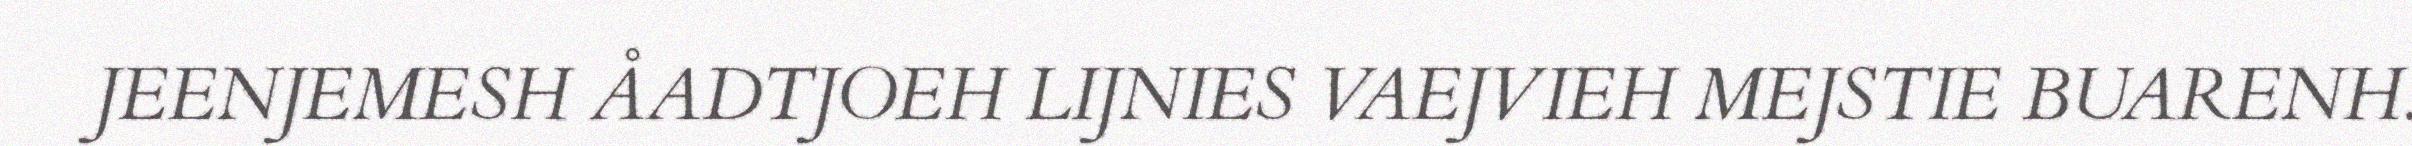
JEENJEMESH ÅADTJOEH LIJNIES VAEJVIEH MEJSTIE BUARENH.